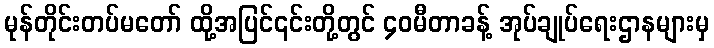
မုန်တိုင်းတပ်မတော် ထို့အပြင်၎င်းတို့တွင် ၄၀မီတာခန့် အုပ်ချုပ်ရေးဌာနများမှ